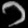
Digit: ၁